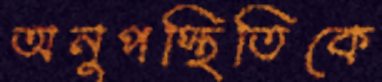
অনুপস্থিতিকে